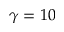
\gamma = 1 0